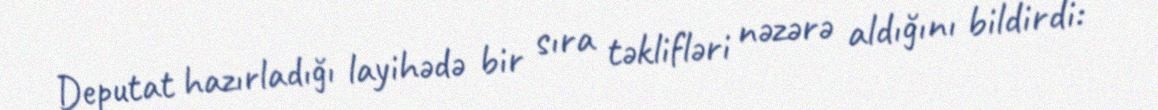
Deputat hazırladığı layihədə bir sıra təklifləri nəzərə aldığını bildirdi: